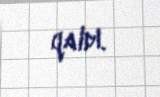
qaldı.